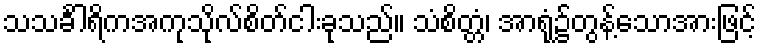
သသင်္ခါရိကအကုသိုလ်စိတ်ငါးခုသည်။ သံစိတ္တံ၊ အာရုံ၌တွန့်သောအားဖြင့်